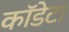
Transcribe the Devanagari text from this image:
कॉडेटा